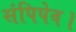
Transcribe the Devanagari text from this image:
संपिपेव।